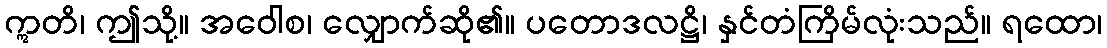
ဣတိ၊ ဤသို့။ အဝေါစ၊ လျှောက်ဆို၏။ ပတောဒလဋ္ဌိ၊ နှင်တံကြိမ်လုံးသည်။ ရထော၊